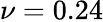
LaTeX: \nu=0.24